Report of the Indian Hemp Drugs Commission, 1894-1895 - Volume IV
Year: 1894
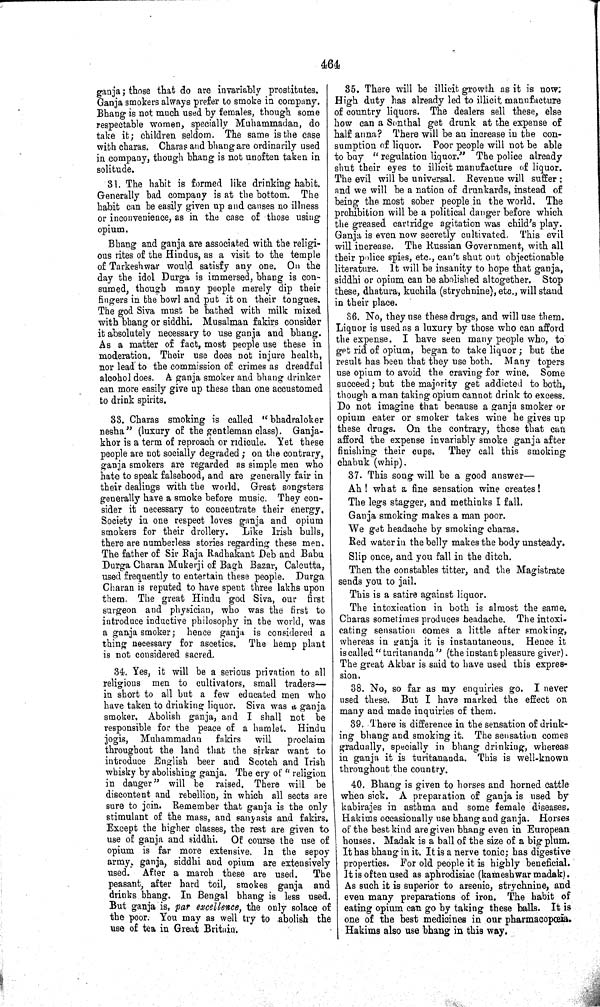
464
ganja; those that do are invariably prostitutes.
Ganja smokers always prefer to smoke in company.
Bhang is not much used by females, though some
respectable women, specially Muhammadan, do
take it; children seldom. The same is the case
with charas. Charas and bhangare ordinarily used
in company, though bhang is not unoften taken in
solitude.
31. The habit is formed like drinking habit.
Generally bad company is at the bottom. The
habit can be easily given up and causes no illness
or inconvenience, as in the case of those using
opium.
Bhang and ganja are associated with the religi-
ous rites of the Hindus, as a visit to the temple
of Tarkeshwar would satisfy any one. On the
day the idol Durga is immersed, bhang is con-
sumed, though many people merely dip their
fingers in the bowl and put it on their tongues.
The god Siva must be bathed with milk mixed
with bhang or siddhi. Musalman fakirs consider
it absolutely necessary to use ganja and bhang.
As a matter of fact, most people use these in
moderation. Their use does not injure health,
nor lead to the commission of crimes as dreadful
alcohol does. A ganja smoker and bhang drinker
can more easily give up these than one accustomed
to drink spirits.
33. Charas smoking is called "bhadraloker
nesha" (luxury of the gentleman class). Ganja-
khor is a term of reproach or ridicule. Yet these
people are not socially degraded; on the contrary,
ganja smokers are regarded as simple men who
hate to speak falsehood, and are generally fair in
their dealings with the world. Great songsters
generally have a smoke before music. They con-
sider it necessary to concentrate their energy.
Society in one respect loves ganja and opium
smokers for their drollery. Like Irish bulls,
there are numberless stories regarding these men.
The father of Sir Raja Radhakant Deb and Babu
Durga Charan Mukerji of Bagh Bazar, Calcutta,
used frequently to entertain these people. Durga
Charan is reputed to have spent three lakhs upon
them. The great Hindu god Siva, our first
surgeon and physician, who was the first to
introduce inductive philosophy in the world, was
a ganja smoker; hence ganja is considered a
thing necessary for ascetics. The hemp plant
is not considered sacred.
34. Yes, it will be a serious privation to all
religions men to cultivators, small traders—
in short to all but a few educated men who
have taken to drinking liquor. Siva was a ganja
smoker. Abolish ganja, and I shall not be
responsible for the peace of a hamlet. Hindu
jogis, Muhammadan
fakirs
will
proclaim
throughout the land that the sirkar want to
introduce English beer and Scotch and Irish
whisky by abolishing ganja. The cry of "religion
in danger" will be raised. There will be
discontent and rebellion, in which all sects are
sure to join. Remember that ganja is the only
stimulant of the mass, and sanyasis and fakirs.
Except the higher classes, the rest are given to
use of ganja and siddhi. Of course the use of
opium is far more extensive. In the sepoy
army, ganja, siddhi and opium are extensively
used. After a march these are used.
The
peasant, after hard toil, smokes ganja and
drinks bhang. In Bengal bhang is less used.
But ganja is, par excellence, the only solace of
the poor. You may as well try to abolish the
use of tea in Great Britain.
35. There will be illicit growth as it is now;
High duty has already led to illicit manufacture
of country liquors. The dealers sell these, else
how can a Sonthal get drunk at the expense of
half anna? There will be an increase in the con-
sumption of liquor. Poor people will not be able
to buy "regulation liquor." The police already
shut their eyes to illicit manufacture of liquor.
The evil will be universal. Revenue will suffer;
and we will be a nation of drunkards, instead of
being the most sober people in the world. The
prohibition will be a political danger before which
the greased cartridge agitation was child's play.
Ganja is even now secretly cultivated. This evil
will increase. The Russian Government, with all
their police spies, etc., can't shut out objectionable
literature. It will be insanity to hope that ganja,
siddhi or opium can be abolished altogether. Stop
these, dhatura, kuchila (strychnine), etc., will stand
in their place.
36. No, they use these drugs, and will use them.
Liquor is used as a luxury by those who can afford
the expense. I have seen many people who, to
get rid of opium, began to take liquor; but the
result has been that they use both. Many topers
use opium to avoid the craving for wine. Some
succeed; but the majority get addicted to both,
though a man taking opium cannot drink to excess.
Do not imagine that because a ganja smoker or
opium eater or smoker takes wine he gives up
these drugs. On the contrary, those that can
afford the expense invariably smoke ganja after
finishing their cups. They call this smoking
chabuk (whip).
37. This song will be a good answer—
Ah! what a fine sensation wine creates!
The legs stagger, and methinks I fall.
Ganja smoking makes a man poor.
We get headache by smoking charas.
Red water in the belly makes the body unsteady.
Slip once, and you fall in the ditch.
Then the constables titter, and the Magistrate
sends you to jail.
This is a satire against liquor.
The intoxication in both is almost the same.
Charas sometimes produces headache. The intoxi-
cating sensation comes a little after smoking,
whereas in ganja it is instantaneous. Hence it
is called "turitananda" (the instant pleasure giver).
The great Akbar is said to have used this expres-
sion.
38. No, so far as my enquiries go. I never
used these. But I have marked the effect on
many and made inquiries of them.
39. There is difference in the sensation of drink-
ing bhang and smoking it. The sensation comes
gradually, specially in bhang drinking, whereas
in ganja it is turitananda. This is well-known
throughout the country.
40. Bhang is given to horses and horned cattle
when sick. A preparation of ganja is used by
kabirajes in asthma and some female diseases.
Hakims occasionally use bhang and ganja. Horses
of the best kind are given bhang even in European
houses. Madak is a ball of the size of a big plum.
It has bhang in it. It is a nerve tonic; has digestive
properties. For old people it is highly beneficial.
It is often used as aphrodisiac (kameshwar madak).
As such it is superior to arsenic, strychnine, and
even many preparations of iron. The habit of
eating opium can go by taking these balls. It is
one of the best medicines in our pharmacopœia.
Hakims also use bhang in this way.